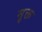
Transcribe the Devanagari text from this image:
मु़क्त